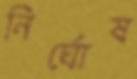
নির্ঘোষ